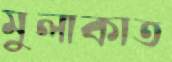
মুলাকাত